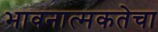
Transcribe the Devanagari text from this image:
भावनात्मकतेचा